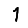
Digit: 1